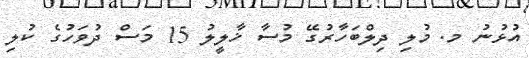
އުޅުނު މ. މުލި ދިލްބަހާރުގޭ މުސާ ޚާލީލު 15 މަސް ދުވަހުގެ ކުލި